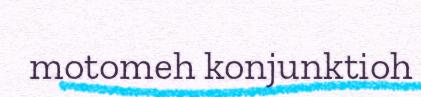
motomeh konjunktioh